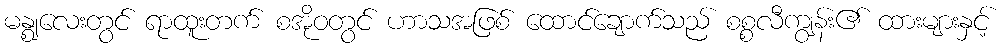
မန္ဈလေးတွင် ရာထူးတက် စအိုဝတွင် ဟာသအဖြစ် ထောင်ချောက်သည် စစ္စလီကျွန်း၏ ထားများနှင့်